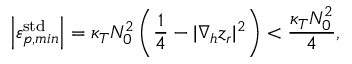
\left| \varepsilon _ { p , m i n } ^ { \mathrm { s t d } } \right| = \kappa _ { T } N _ { 0 } ^ { 2 } \left( \frac { 1 } { 4 } - | \nabla _ { h } z _ { r } | ^ { 2 } \right) < \frac { \kappa _ { T } N _ { 0 } ^ { 2 } } { 4 } ,